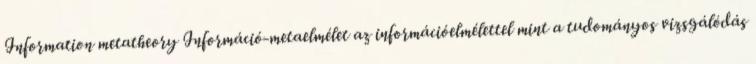
Information metatheory Információ-metaelmélet az információelmélettel mint a tudományos vizsgálódás